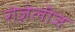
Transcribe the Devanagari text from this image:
रोज़ेलीज